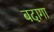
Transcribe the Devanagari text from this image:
बदागा